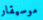
موسيقار